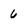
Character: 6